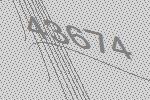
43674